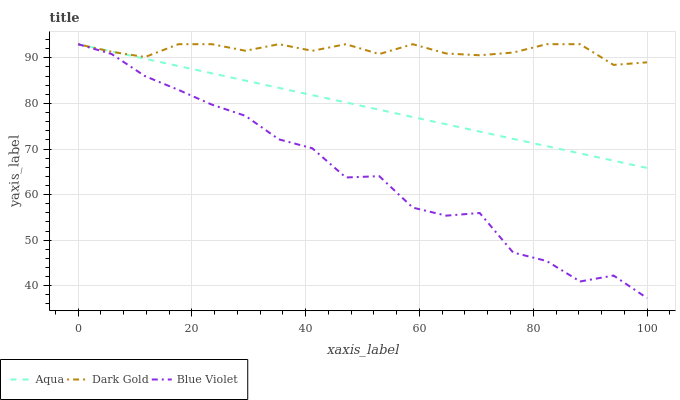
| xaxis_label | Aqua | Dark Gold | Blue Violet |
 | --- | --- | --- | --- |
 | 0 | 93 | 93 | 93 |
 | 5.88 | 91.4 | 91.3 | 90.9 |
 | 11.8 | 89.8 | 90.2 | 86 |
 | 17.6 | 88.2 | 93 | 83 |
 | 23.5 | 86.6 | 93 | 79.7 |
 | 29.4 | 85 | 91.6 | 77.3 |
 | 35.3 | 83.4 | 93 | 72.1 |
 | 41.2 | 81.8 | 91.5 | 70.2 |
 | 47.1 | 80.2 | 93 | 63.8 |
 | 52.9 | 78.6 | 90.8 | 64 |
 | 58.8 | 77 | 93 | 57.1 |
 | 64.7 | 75.4 | 91 | 55.4 |
 | 70.6 | 73.8 | 90.6 | 56 |
 | 76.5 | 72.2 | 91.2 | 47.3 |
 | 82.4 | 70.6 | 93 | 45.4 |
 | 88.2 | 69 | 93 | 40.9 |
 | 94.1 | 67.4 | 88.5 | 42.2 |
 | 100 | 65.8 | 89 | 37.3 |